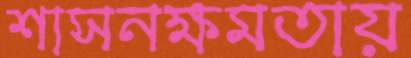
শাসনক্ষমতায়